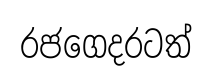
රජගෙදරටත්